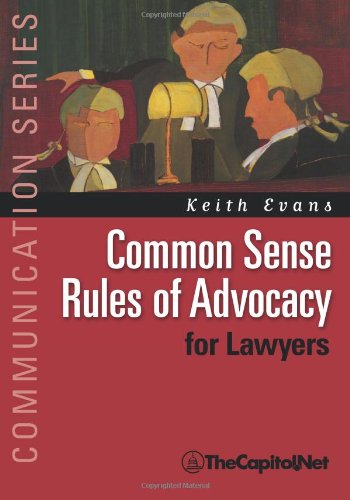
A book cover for Common Sense Rules of Advocacy for Lawyers: A Practical Guide for Anyone Who Wants to Be a Better Advocate (Communication); Keith Evans; Law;